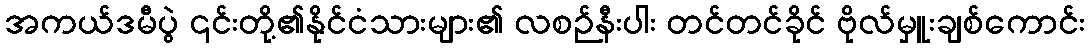
အကယ်ဒမီပွဲ ၎င်းတို့၏နိုင်ငံသားများ၏ လစဉ်နီးပါး တင်တင်ခိုင် ဗိုလ်မှူးချစ်ကောင်း